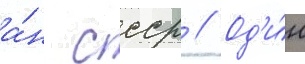
а́н ссср // Од'и́н